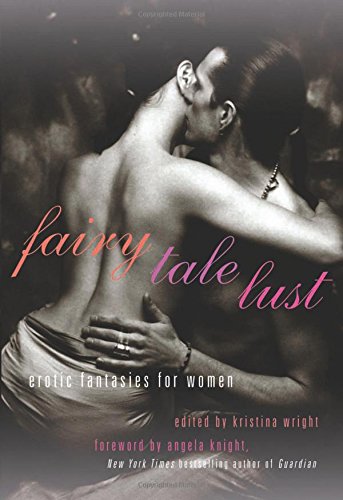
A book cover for Fairy Tale Lust: Erotic Fantasies for Women; Romance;